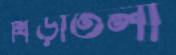
খিড়াতলা